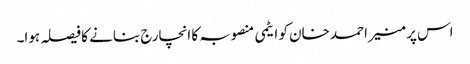
اس پر منیر احمد خان کو ایٹمی منصوبہ کا انچارج بنانے کا فیصلہ ہوا۔